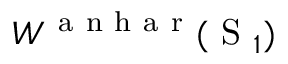
W ^ { \mathrm { ~ a ~ n ~ h ~ a ~ r ~ } } ( \mathrm { ~ S ~ } _ { 1 } )